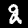
Digit: 2